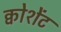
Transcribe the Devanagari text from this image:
क्वोशेंट